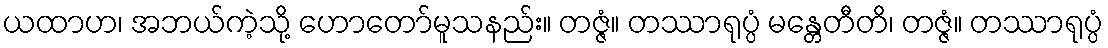
ယထာဟ၊ အဘယ်ကဲ့သို့ ဟောတော်မူသနည်း။ တဇ္ဇံ။ တဿာရုပ္ပံ မန္တေတီတိ၊ တဇ္ဇံ။ တဿာရုပ္ပံ